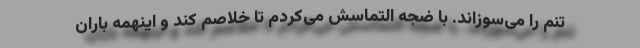
تنم را می‌سوزاند. با ضجه التماسش می‌کردم تا خلاصم کند و اینهمه باران